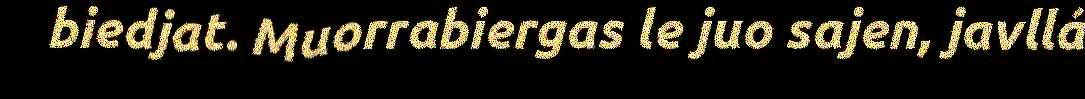
biedjat. Muorrabiergas le juo sajen, javllá